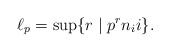
\begin{align*}\ell_p=\sup \{r\mid p^rn_i i\}.\end{align*}